Mental hospitals Bombay report 1929-33 - 1929-1933
Year: 1929
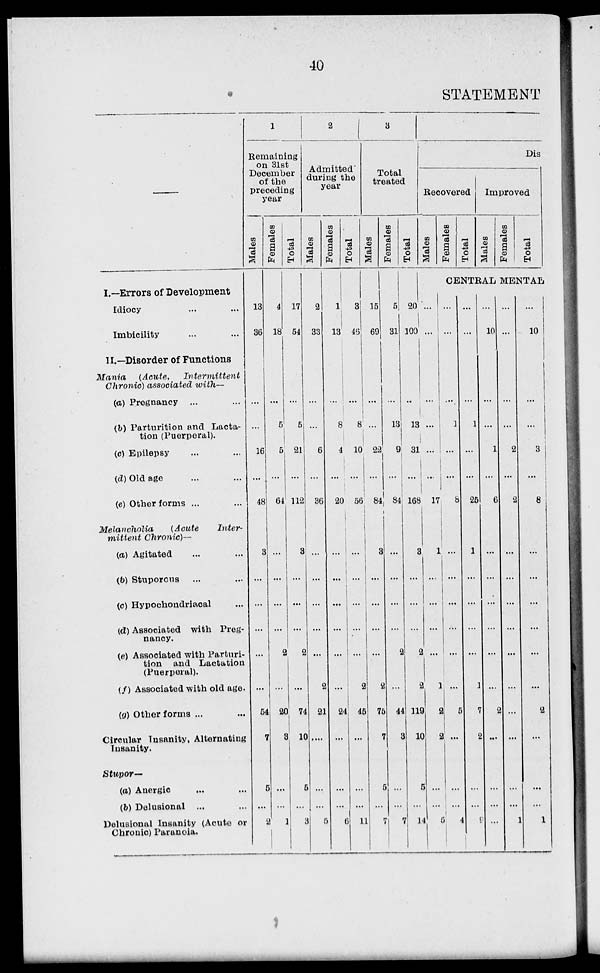
40
STATEMENT
—
I.—Errors of Development
Idiocy ... ...
Imbicility ... ...
II.—Disorder of Functions
Mania
(Acute,
Intermittent
Chronic) associated with—
(a) Pregnancy ... ...
(b) Parturition and Lacta-
tion (Puerperal).
(c) Epilepsy ... ...
(d) Old age ... ...
(e) Other forms ... ...
Melancholia
(Acute
Inter-
mittent
Chronic)—
(a) Agitated ... ...
(b) Stuporous ... ...
(c) Hypochondriacal ...
(d) Associated with Preg-
nancy.
(e) Associated with Parturi-
tion and Lactation
(Puerperal).
(f) Associated with old age.
(g) Other forms ... ...
Circular Insanity, Alternating
Insanity.
Stupor—
(a) Anergic ... ...
(b) Delusional ... ...
Delusional Insanity (Acute or
Chronic) Paranoia.
1
Remaining
on 31st
December
of the
preceding
year
Males
13
36
...
...
16
...
48
3
...
...
...
...
...
54
7
5
...
2
Females
4
18
...
5
5
...
61
...
...
...
...
2
...
20
3
...
...
1
Total
17
54
...
5
21
...
112
3
...
...
...
2
...
74
10
5
...
3
2
Admitted
during the
year
Males
2
33
...
...
6
...
36
...
...
...
...
...
2
21
....
...
...
5
Females
1
13
...
8
4
...
20
...
...
...
...
...
...
24
...
...
...
6
Total
3
46
...
8
10
...
56
...
...
...
...
...
2
45
...
...
...
11
3
Total
treated
Males
15
69
...
...
22
...
84
3
...
...
...
...
2
76
7
5
...
7
Females
5
31
...
13
9
...
84
...
...
...
...
2
...
44
3
...
...
7
Total
20
100
...
13
31
...
168
3
...
...
...
2
2
119
10
5
...
14
Dis
Recovered
Males
...
...
...
...
...
...
17
1
...
...
...
...
1
2
2
...
...
5
Females
Total
Improved
Males
Females
Total
CENTRAL MENTAL
...
...
...
1
...
...
8
...
...
...
...
...
...
5
...
...
...
4
...
...
...
1
...
...
25
1
...
...
...
...
1
7
2
...
...
9
...
10
...
...
1
...
6
...
...
...
...
...
...
2
...
...
...
...
...
...
...
...
2
...
2
...
...
...
...
...
...
...
...
...
...
1
...
10
...
3
...
8
...
...
...
...
...
...
2
...
...
...
1